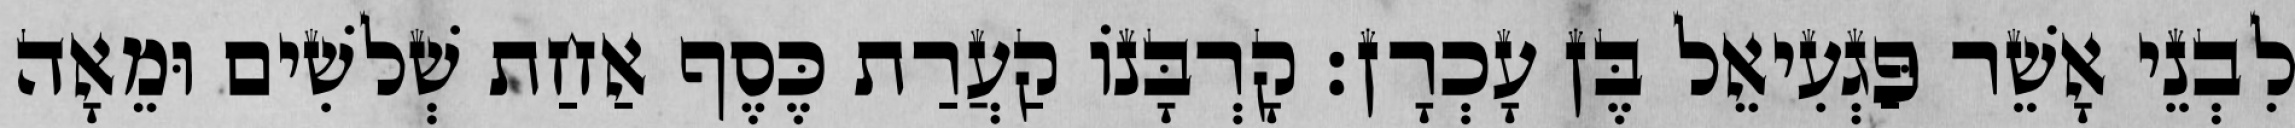
לִבְנֵי אָשֵׁר פַּגְעִיאֵל בֶּן עָכְרָן׃ קָרְבָּנוֹ קַעֲרַת כֶּסֶף אַחַת שְׁלשִׁים וּמֵאָה